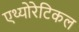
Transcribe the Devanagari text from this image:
एथ्योरेटिकल